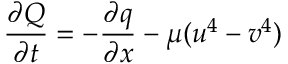
{ \frac { \partial Q } { \partial t } } = - { \frac { \partial q } { \partial x } } - \mu ( u ^ { 4 } - v ^ { 4 } )